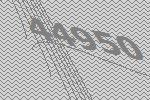
44950